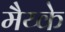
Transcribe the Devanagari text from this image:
मैय्के